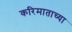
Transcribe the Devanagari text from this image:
करिमाताच्या